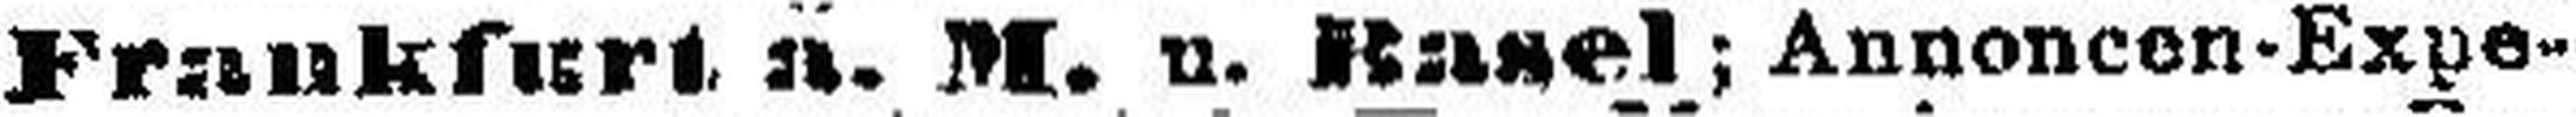
Frankfurt. a. M. u. Basel; Annoncen-Expe¬